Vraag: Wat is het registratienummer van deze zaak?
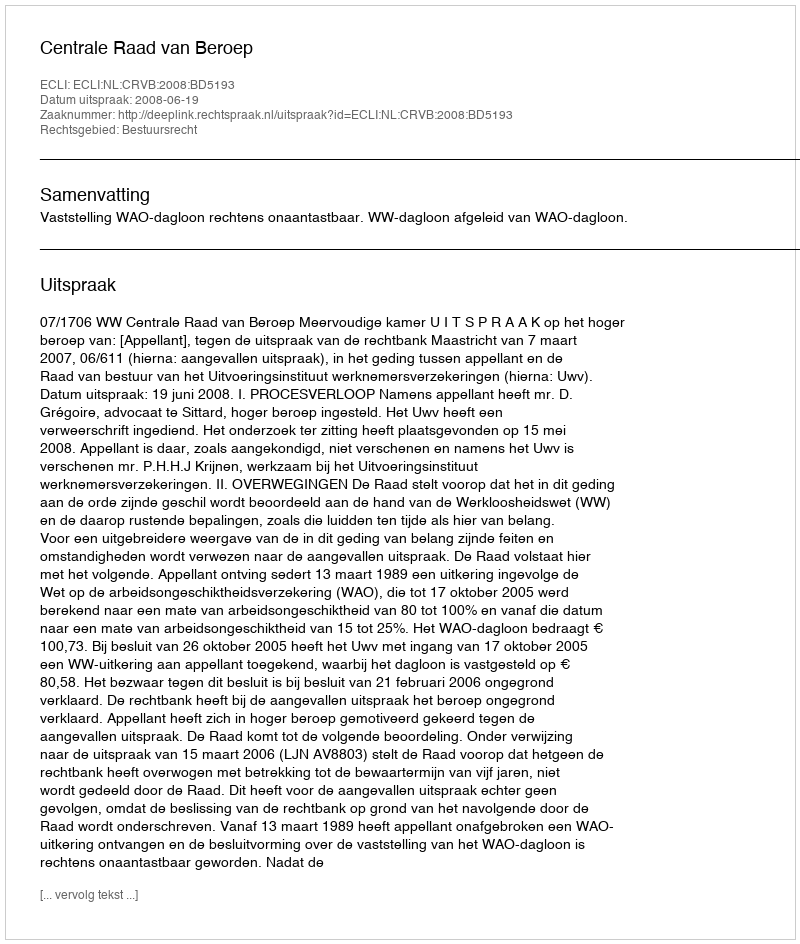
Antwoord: http://deeplink.rechtspraak.nl/uitspraak?id=ECLI:NL:CRVB:2008:BD5193